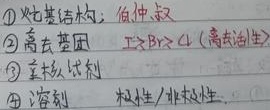
\textcircled{1}烷基结构：伯仲叔
\textcircled{2}离去基团：\(\text{I}^{-}>\text{Br}^{-}>\text{Cl}^{-}\)（离去活性）
\textcircled{3}亲核试剂
\textcircled{4}溶剂：极性/非极性